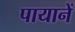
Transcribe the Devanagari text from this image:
पायानें